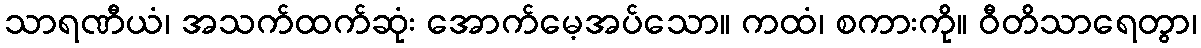
သာရဏီယံ၊ အသက်ထက်ဆုံး အောက်မေ့အပ်သော။ ကထံ၊ စကားကို။ ဝီတိသာရေတွာ၊